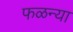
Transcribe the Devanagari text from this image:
फळन्या